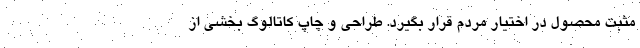
مثبت محصول در اختیار مردم قرار بگیرد. طراحی و چاپ کاتالوگ بخشی از